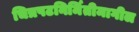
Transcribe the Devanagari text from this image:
चित्रपटनिर्मितीमागील